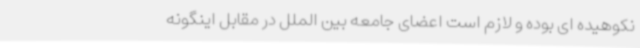
نکوهیده ای بوده و لازم است اعضای جامعه بین الملل در مقابل اینگونه